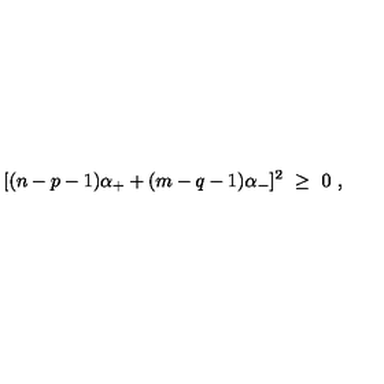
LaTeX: [ ( n - p - 1 ) \alpha _ { + } + ( m - q - 1 ) \alpha _ { - } ] ^ { 2 } \ \geq \ 0 \ ,